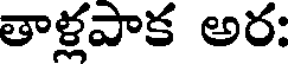
తాళ్లపాక అర: